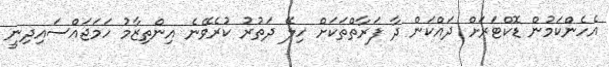
އެހެންކަމުން ޑޮކްޓަރަށް ދައްކަން ދާ ފަރާތްތަކަށް ހިލޭ ދަތުރު ކުރެވޭނެ އިންތިޒާމު ހަމަޖައްސައިދިނީ